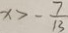
x > - \frac { 7 } { 1 3 }